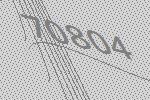
70804